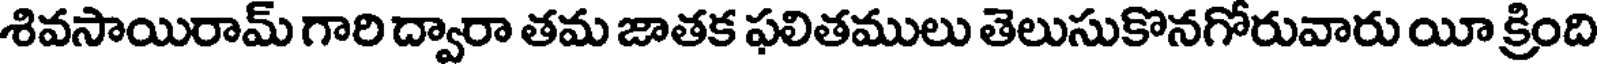
శివసాయిరామ్ గారి ద్వారా తమ జాతక ఫలితములు తెలుసుకొనగోరువారు యీ క్రింది